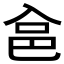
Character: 𱏲